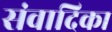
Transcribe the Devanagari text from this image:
संवादिका